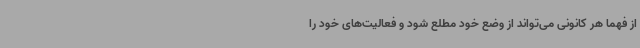
از فهما هر کانونی می‌تواند از وضع خود مطلع شود و فعالیت‌های خود را